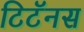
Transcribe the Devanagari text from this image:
टिटॅनस